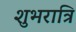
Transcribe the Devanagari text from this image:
शुभरात्रि